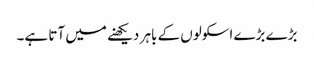
بڑے بڑے اسکولوں کے باہر دیکھنے میں آتا ہے۔